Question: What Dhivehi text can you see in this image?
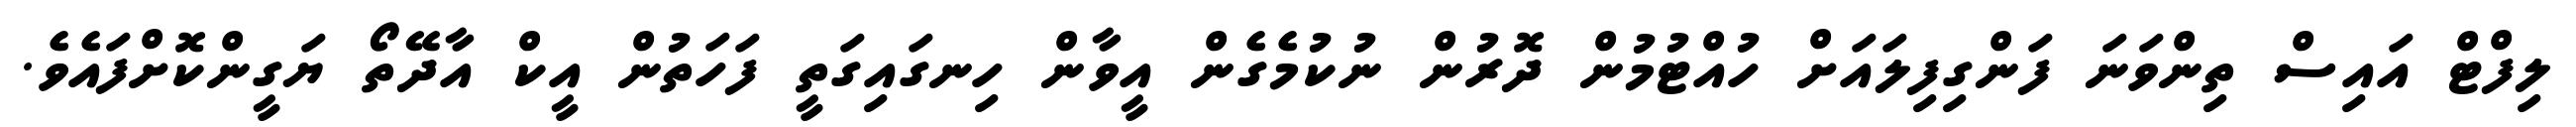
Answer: ލިފްޓް އައިސް ތިންވަނަ ފަންގިފިލައަށް ހުއްޓުމުން ދޮރުން ނުކުމެގެން އީވާން ހިނގައިގަތީ ފަހަތުން އީކް އާދޭތޯ ޔަގީންކޮށްފައެވެ.